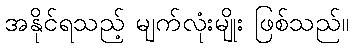
အနိုင်ရသည့် မျက်လုံးမျိုး ဖြစ်သည်။